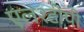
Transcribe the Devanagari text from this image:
एल२टीपी